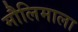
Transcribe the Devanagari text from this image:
मौलिमाला